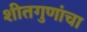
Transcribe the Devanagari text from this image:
शीतगुणांचा